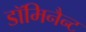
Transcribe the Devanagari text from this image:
डॉमिनैन्ट